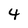
Character: 4